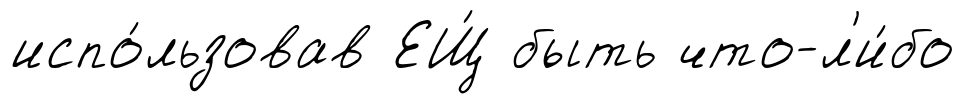
испо́льзовав ЕЩ́ быть что-л'и́бо